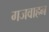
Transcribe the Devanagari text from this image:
गजवाहन